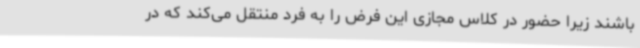
باشند زیرا حضور در کلاس مجازی این فرض را به فرد منتقل می‌کند که در